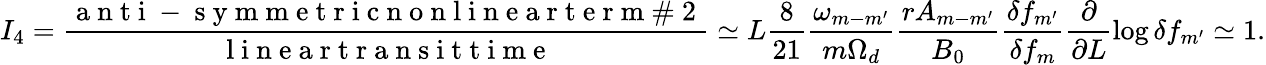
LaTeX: I_{4}=\frac{\mathrm{~a~n~t~i~-~s~y~m~m~e~t~r~i~c~n~o~n~l~i~n~e~a~r~t~e~r~m~\# ~2~}}{\mathrm{~l~i~n~e~a~r~t~r~a~n~s~i~t~t~i~m~e~}}\simeq L\frac{8}{21}\frac{\omega_{m-m^{\prime}}}{m\Omega_{d}}\frac{rA_{m-m^{\prime}}}{B_{0}}\frac{\delta f_{m^{\prime}}}{{\delta f_{m}}}\frac{\partial}{\partial L}\log\delta f_{m^{\prime}}\simeq 1.